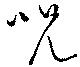
呪